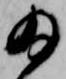
為